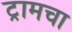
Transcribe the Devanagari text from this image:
ट्रामचा